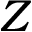
Z